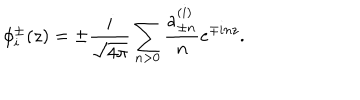
LaTeX: \phi _ { i } ^ { \pm } ( z ) = \pm \frac { i } { \sqrt { 4 \pi } } \sum _ { n > 0 } \frac { a _ { \pm n } ^ { ( i ) } } { n } e ^ { \mp i n z } .